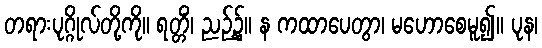
တရားပုဂ္ဂိုလ်တို့ကို။ ရတ္တိံ၊ ညဉ့်၌။ န ကထာပေတွာ၊ မဟောစေမူ၍။ ပုန၊